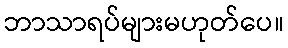
ဘာသာရပ်များမဟုတ်ပေ။